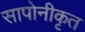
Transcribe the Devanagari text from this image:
सापोनीकृत